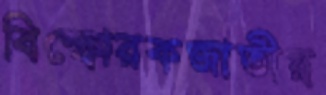
বিস্ফোরকজাতীয়